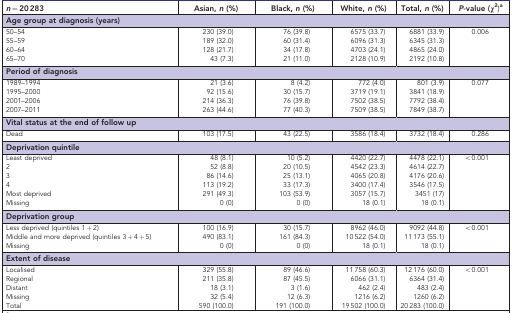
<table><thead><tr><td><b><i>n</i>=20 283</b></td><td><b>Asian,<i>n</i>(%)</b></td><td><b>Black,<i>n</i>(%)</b></td><td><b>White,<i>n</i>(%)</b></td><td><b>Total,<i>n</i>(%)</b></td><td><b><i>P</i>-value (<i>χ</i><sup>2</sup>)a</b></td></tr></thead><tbody><tr><td colspan="6"><b>Age group at diagnosis (</b>years)</td></tr><tr><td>50–54</td><td>230 (39.0)</td><td>76 (39.8)</td><td>6575 (33.7)</td><td>6881 (33.9)</td><td>0.006</td></tr><tr><td>55–59</td><td>189 (32.0)</td><td>60 (31.4)</td><td>6096 (31.3)</td><td>6345 (31.3)</td><td> </td></tr><tr><td>60–64</td><td>128 (21.7)</td><td>34 (17.8)</td><td>4703 (24.1)</td><td>4865 (24.0)</td><td> </td></tr><tr><td>65–70</td><td>43 (7.3)</td><td>21 (11.0)</td><td>2128 (10.9)</td><td>2192 (10.8)</td><td> </td></tr><tr><td colspan="6"><b>Period of diagnosis</b></td></tr><tr><td>1989–1994</td><td>21 (3.6)</td><td>8 (4.2)</td><td>772 (4.0)</td><td>801 (3.9)</td><td>0.077</td></tr><tr><td>1995–2000</td><td>92 (15.6)</td><td>30 (15.7)</td><td>3719 (19.1)</td><td>3841 (18.9)</td><td> </td></tr><tr><td>2001–2006</td><td>214 (36.3)</td><td>76 (39.8)</td><td>7502 (38.5)</td><td>7792 (38.4)</td><td> </td></tr><tr><td>2007–2011</td><td>263 (44.6)</td><td>77 (40.3)</td><td>7509 (38.5)</td><td>7849 (38.7)</td><td> </td></tr><tr><td colspan="6"><b>Vital status at the end of follow up</b></td></tr><tr><td>Dead</td><td>103 (17.5)</td><td>43 (22.5)</td><td>3586 (18.4)</td><td>3732 (18.4)</td><td>0.286</td></tr><tr><td colspan="6"><b>Deprivation quintile</b></td></tr><tr><td>Least deprived</td><td>48 (8.1)</td><td>10 (5.2)</td><td>4420 (22.7)</td><td>4478 (22.1)</td><td>&lt;0.001</td></tr><tr><td>2</td><td>52 (8.8)</td><td>20 (10.5)</td><td>4542 (23.3)</td><td>4614 (22.7)</td><td> </td></tr><tr><td>3</td><td>86 (14.6)</td><td>25 (13.1)</td><td>4065 (20.8)</td><td>4176 (20.6)</td><td> </td></tr><tr><td>4</td><td>113 (19.2)</td><td>33 (17.3)</td><td>3400 (17.4)</td><td>3546 (17.5)</td><td> </td></tr><tr><td>Most deprived</td><td>291 (49.3)</td><td>103 (53.9)</td><td>3057 (15.7)</td><td>3451 (17)</td><td> </td></tr><tr><td>Missing</td><td>0 (0)</td><td>0 (0)</td><td>18 (0.1)</td><td>18 (0.1)</td><td> </td></tr><tr><td colspan="6"><b>Deprivation group</b></td></tr><tr><td>Less deprived (quintiles 1+2)</td><td>100 (16.9)</td><td>30 (15.7)</td><td>8962 (46.0)</td><td>9092 (44.8)</td><td>&lt;0.001</td></tr><tr><td>Middle and more deprived (quintiles 3+4+5)</td><td>490 (83.1)</td><td>161 (84.3)</td><td>10 522 (54.0)</td><td>11 173 (55.1)</td><td> </td></tr><tr><td>Missing</td><td>0 (0)</td><td>0 (0)</td><td>18 (0.1)</td><td>18 (0.1)</td><td> </td></tr><tr><td colspan="6"><b>Extent of disease</b></td></tr><tr><td>Localised</td><td>329 (55.8)</td><td>89 (46.6)</td><td>11 758 (60.3)</td><td>12 176 (60.0)</td><td>&lt;0.001</td></tr><tr><td>Regional</td><td>211 (35.8)</td><td>87 (45.5)</td><td>6066 (31.1)</td><td>6364 (31.4)</td><td> </td></tr><tr><td>Distant</td><td>18 (3.1)</td><td>3 (1.6)</td><td>462 (2.4)</td><td>483 (2.4)</td><td> </td></tr><tr><td>Missing</td><td>32 (5.4)</td><td>12 (6.3)</td><td>1216 (6.2)</td><td>1260 (6.2)</td><td> </td></tr><tr><td>Total</td><td>590 (100.0)</td><td>191 (100.0)</td><td>19 502 (100.0)</td><td>20 283 (100.0)</td><td> </td></tr></tbody></table>